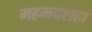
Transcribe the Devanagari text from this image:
महमदशहा